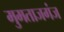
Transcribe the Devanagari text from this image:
मुमताजगंज